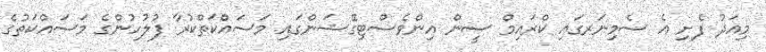
މިއަދު ފެށި އެ ސެމިނަރގައި ކްރައިމް ސީން އިންވެސްޓިގޭޝަންގައި މަސައްކަތްކުރާ ފުލުހުންގެ މަސައްކަތުގެ